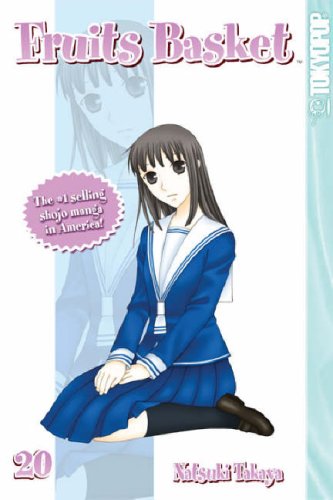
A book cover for Fruits Basket, Vol. 20; Natsuki Takaya; Comics & Graphic Novels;